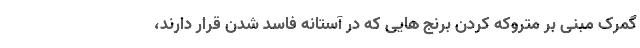
گمرک مبنی بر متروکه کردن برنج هایی که در آستانه فاسد شدن قرار دارند،